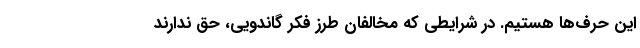
این حرف‌ها هستیم. در شرایطی که مخالفان طرز فکر گاندویی، حق ندارند